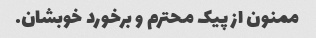
ممنون از پیک محترم و برخورد خوبشان.